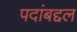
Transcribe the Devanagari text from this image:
पदांबद्दल